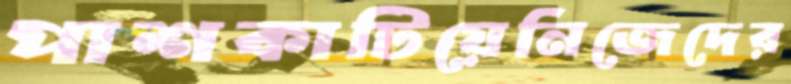
পাশকাটিয়েনিজেদের